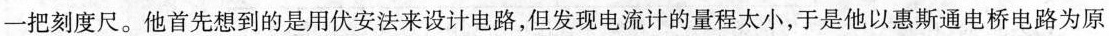
一把刻度尺。他首先想到的是用伏安法来设计电路，但发现电流计的量程太小，于是他以惠斯通电桥电路为原